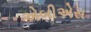
એબીએસ